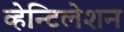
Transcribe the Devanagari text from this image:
व्हेन्टिलेशन